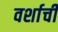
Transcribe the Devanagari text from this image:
वर्शाची